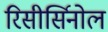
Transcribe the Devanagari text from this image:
रिसीर्सिनोल